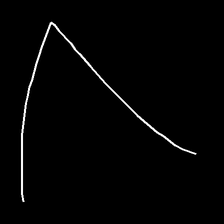
Glyph: region